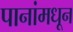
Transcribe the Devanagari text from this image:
पानांमधून